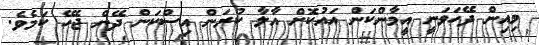
މިއިން ދޭހަވަނީ އީމާންކަން އައުކޮށް އާލާ ކުރަން އިސްކަން ދޭން ޖެހޭ ކަމެވެ.